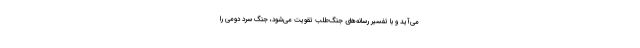
می‌آید و با تفسیر رسانه‌های جنگ‌طلب تقویت می‌شود، جنگ سرد دومی را